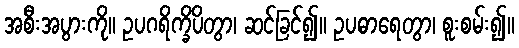
အစီးအပွားကို။ ဥပဂရိက္ခိပိတွာ၊ ဆင်ခြင်၍။ ဥပဓာရေတွာ၊ စူးစမ်း၍။